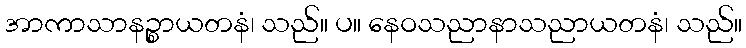
အာကာသာနဉ္စာယတနံ၊ သည်။ ပ။ နေဝသညာနာသညာယတနံ၊ သည်။